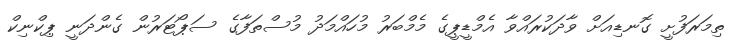
ތިމަރަފުށީ ގޮނޑިއަށް ވާދަކުރައްވާ އެމްޑީޕީގެ މެމްބަރު މުހައްމަދު މުސްތަފާގެ ސަޕޯޓަރުން ގެންދަނީ ޕިކްނިކް